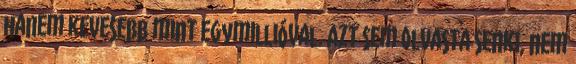
hanem kevesebb mint egymillióval. Azt sem olvasta senki, nem